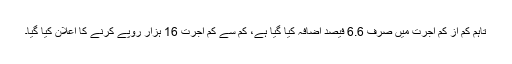
تاہم کم از کم اجرت میں صرف 6.6 فیصد اضافہ کیا گیا ہے، کم سے کم اجرت 16 ہزار روپے کرنے کا اعلان کیا گیا۔